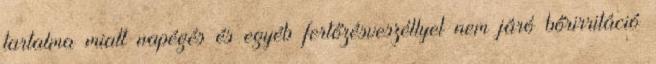
tartalma miatt napégés és egyéb fertőzésveszéllyel nem járó bőrirritáció